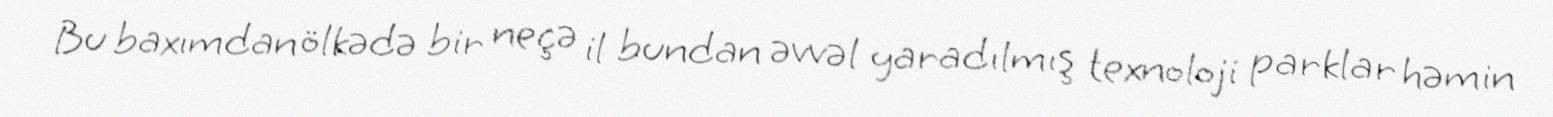
Bu baxımdan ölkədə bir neçə il bundan əvvəl yaradılmış texnoloji parklar həmin